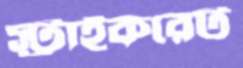
স্ট্রাইকরেট